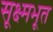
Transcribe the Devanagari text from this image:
सूक्ष्मभूत